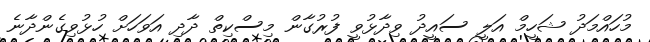
މުހައްމަދު ޝަހީމް އަލީ ސައީދު ވިދާޅުވީ ފުރުގާން މިސްކިތް ދާދި އަވަހަށް ހުޅުވިގެންދާނެ